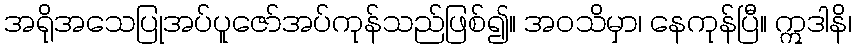
အရိုအသေပြုအပ်ပူဇော်အပ်ကုန်သည်ဖြစ်၍။ အဝသိမှာ၊ နေကုန်ပြီ။ ဣဒါနိ၊